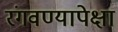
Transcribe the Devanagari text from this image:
रंगवण्यापेक्षा